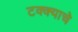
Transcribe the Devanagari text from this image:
टक्क्याचे